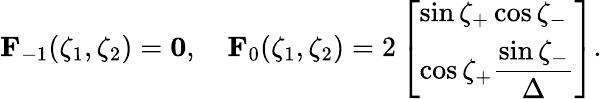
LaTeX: \mathbf F_{-1}(\zeta_{1},\zeta_{2})=\mathbf 0,\quad\mathbf F_{0}(\zeta_{1},\zeta_{2})=2\left[\begin{array}{l}{\sin\zeta_{+}\cos\zeta_{-}}\\ {\cos\zeta_{+}\displaystyle\frac{\sin\zeta_{-}}\Delta}\end{array}\right].